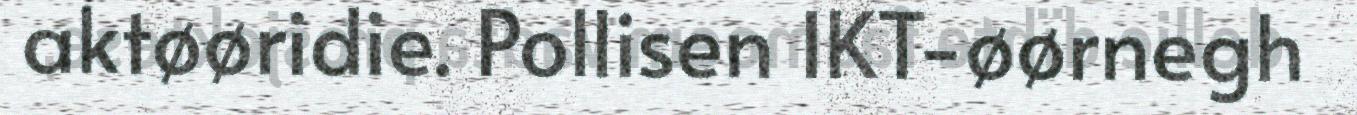
aktøøridie. Pollisen IKT-øørnegh